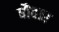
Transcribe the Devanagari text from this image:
बौवार